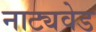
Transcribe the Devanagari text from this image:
नाट्यवेड